Annual report of the Punjab Veterinary College and of the Civil Veterinary Department, Punjab - 1926-1932
Year: 1926
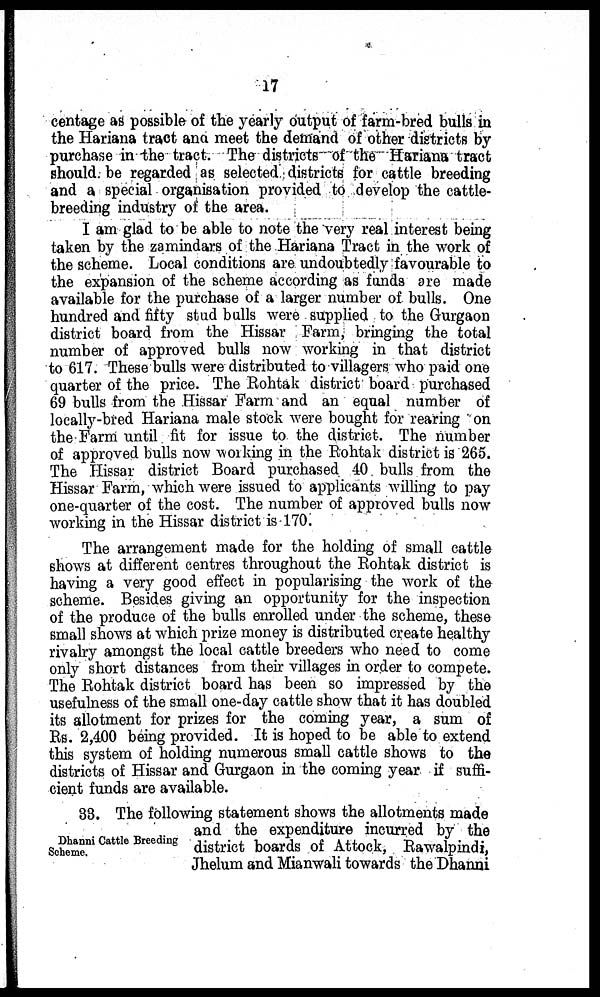
17
centage as possible of the yearly output of farm-bred bulls in
the Hariana tract ana meet the demand of other districts by
purchase in the tract. The districts of the Hariana tract
should be regarded as selected districts for cattle breeding
and a special organisation provided to develop the cattle-
breeding industry of the area.
I am glad to be able to note the very real interest being
taken by the zamindars of the Hariana Tract in the work of
the scheme. Local conditions are undoubtedly favourable to
the expansion of the scheme according as funds are made
available for the purchase of a larger number of bulls. One
hundred and fifty stud bulls were supplied to the Gurgaon
district board from the Hissar Farm, bringing the total
number of approved bulls now working in that district
to 617. These bulls were distributed to villagers who paid one
quarter of the price. The Rohtak district board purchased
69 bulls from the Hissar Farm and an equal number of
locally-bred Hariana male stock were bought for rearing on
the Farm until. fit for issue to the district. The number
of approved bulls now working in the Rohtak district is 265.
The Hissar district Board purchased 40 bulls from the
Hissar Farm, which were issued to applicants willing to pay
one-quarter of the cost. The number of approved bulls now
working in the Hissar district is 170.
The arrangement made for the holding of small cattle
shows at different centres throughout the Rohtak district is
having a very good effect in popularising the work of the
scheme. Besides giving an opportunity for the inspection
of the produce of the bulls enrolled under the scheme, these
small shows at which prize money is distributed create healthy
rivalry amongst the local cattle breeders who need to come
only short distances from their villages in order to compete.
The Rohtak district board has been so impressed by the
usefulness of the small one-day cattle show that it has doubled
its allotment for prizes for the coming year, a sum of
Rs. 2,400 being provided. It is hoped to be able to extend
this system of holding numerous small cattle shows to the
districts of Hissar and Gurgaon in the coming year if suffi-
cient funds are available.
Dhanni Cattle Breeding
Scheme.
38. The following statement shows the allotments made
and the expenditure incurred by the
district boards of Attock, Rawalpindi,
Jhelum and Mianwali towards the Dhanni